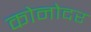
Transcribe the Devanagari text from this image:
कोनोदर